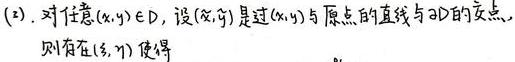
(2). 对任意$(x,y)\in D$，设$(u,v)$是过$(x,y)$与原点的直线与$\partial D$的交点，则存在$(\xi,\eta)$使得